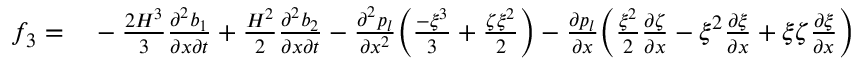
\begin{array} { r l } { f _ { 3 } = } & { { } - \frac { 2 H ^ { 3 } } { 3 } \frac { \partial ^ { 2 } b _ { 1 } } { \partial x \partial t } + \frac { H ^ { 2 } } { 2 } \frac { \partial ^ { 2 } b _ { 2 } } { \partial x \partial t } - \frac { \partial ^ { 2 } p _ { l } } { \partial x ^ { 2 } } \bigg ( \frac { - \xi ^ { 3 } } { 3 } + \frac { \zeta \xi ^ { 2 } } { 2 } \bigg ) - \frac { \partial p _ { l } } { \partial x } \bigg ( \frac { \xi ^ { 2 } } { 2 } \frac { \partial \zeta } { \partial x } - \xi ^ { 2 } \frac { \partial \xi } { \partial x } + \xi \zeta \frac { \partial \xi } { \partial x } \bigg ) } \end{array}